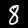
Digit: 8